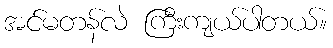
အင်မတန်လဲ ကြီးကျယ်ပါတယ်။